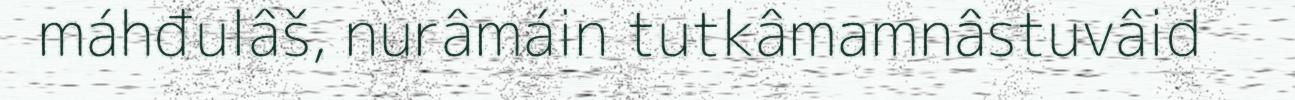
máhđulâš, nurâmáin tutkâmamnâstuvâid